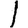
Digit: 1